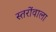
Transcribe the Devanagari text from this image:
स्तरोंवाला